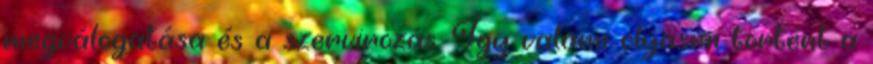
megválogatása és a szervirozás. Így valami olyasmi történt a